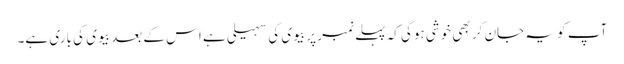
آپ کو یہ جان کر بھی خوشی ہوگی کہ پہلے نمبر پر بیوی کی سہیلی ہے اس کے بعد بیوی کی باری ہے۔